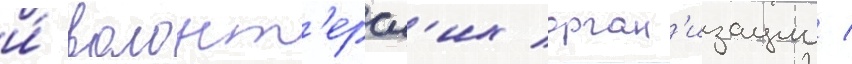
и́ волонт'ерск'их орган'изации /